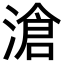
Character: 滄